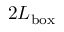
2 L _ { \mathrm { { b o x } } }